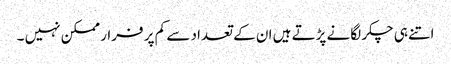
اتنے ہی چکر لگانے پڑتے ہیں ان کے تعداد سے کم پر فرار ممکن نہیں ۔